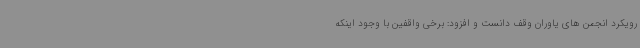
رویکرد انجمن های یاوران وقف دانست و افزود: برخی واقفین با وجود اینکه